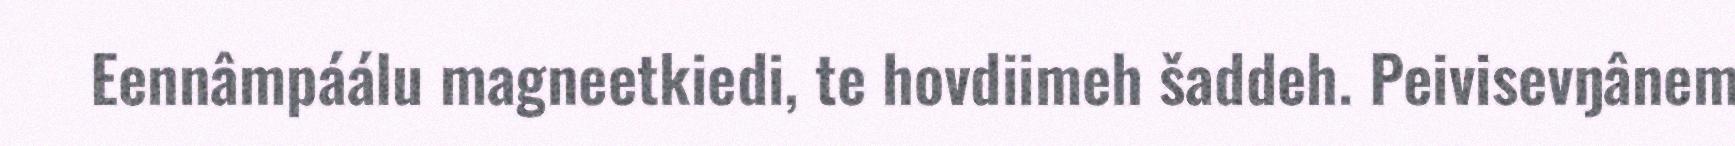
Eennâmpáálu magneetkiedi, te hovdiimeh šaddeh. Peivisevŋânem